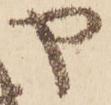
や